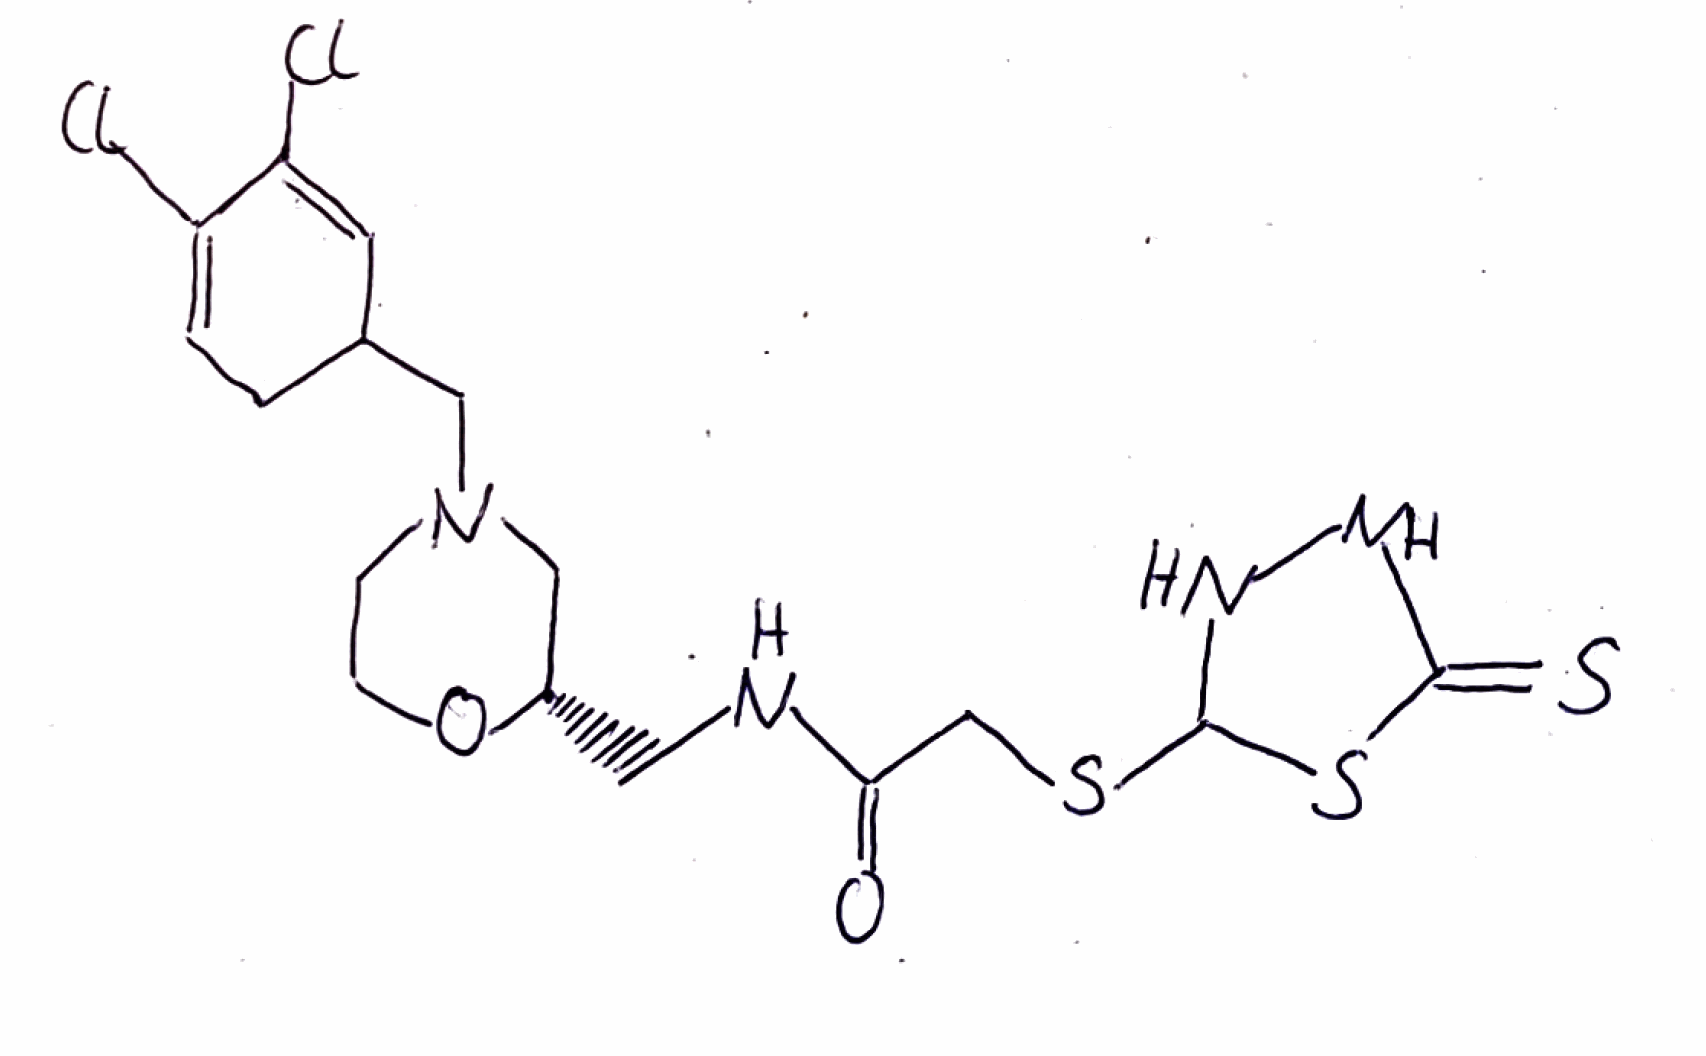
Simplified molecular-input line-entry system (SMILES) notation of the given molecule:
C1CO[C@H](CN1CC2CC=C(C(=C2)Cl)Cl)CNC(=O)CSC3NNC(=S)S3